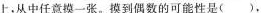
上，从中任意摸一张。摸到偶数的可能性是( )，